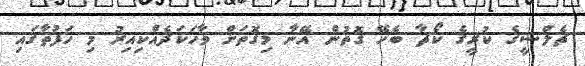
ޗެލްސީގެ ކުރީގެ ކޯޗާ ބެހޭ ގޮތުން އޭނާ މިގޮތަށް ވާހަކަދެއްކިއިރު މި ހަފުތާގައި